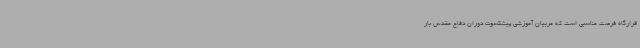
قرارگاه فرصت مناسبی است که مربیان آموزشی پیشکسوت دوران دفاع مقدس بار